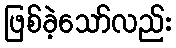
ဖြစ်ခဲ့သော်လည်း